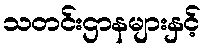
သတင်းဌာနများနှင့်